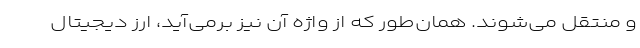
و منتقل می‌شوند. همان‌طور که از واژه آن نیز برمی‌آید، ارز دیجیتال